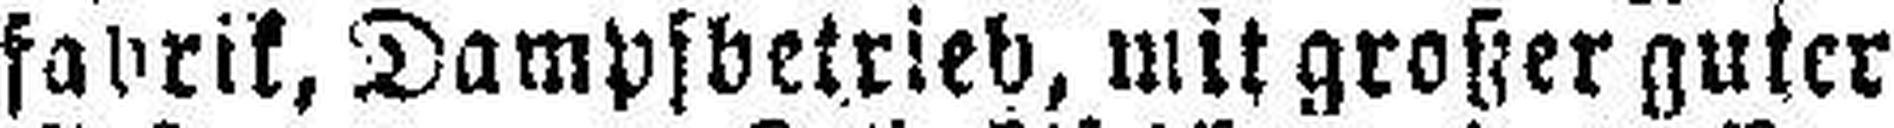
fabrik, Dampfbetrieb, mit großer guter